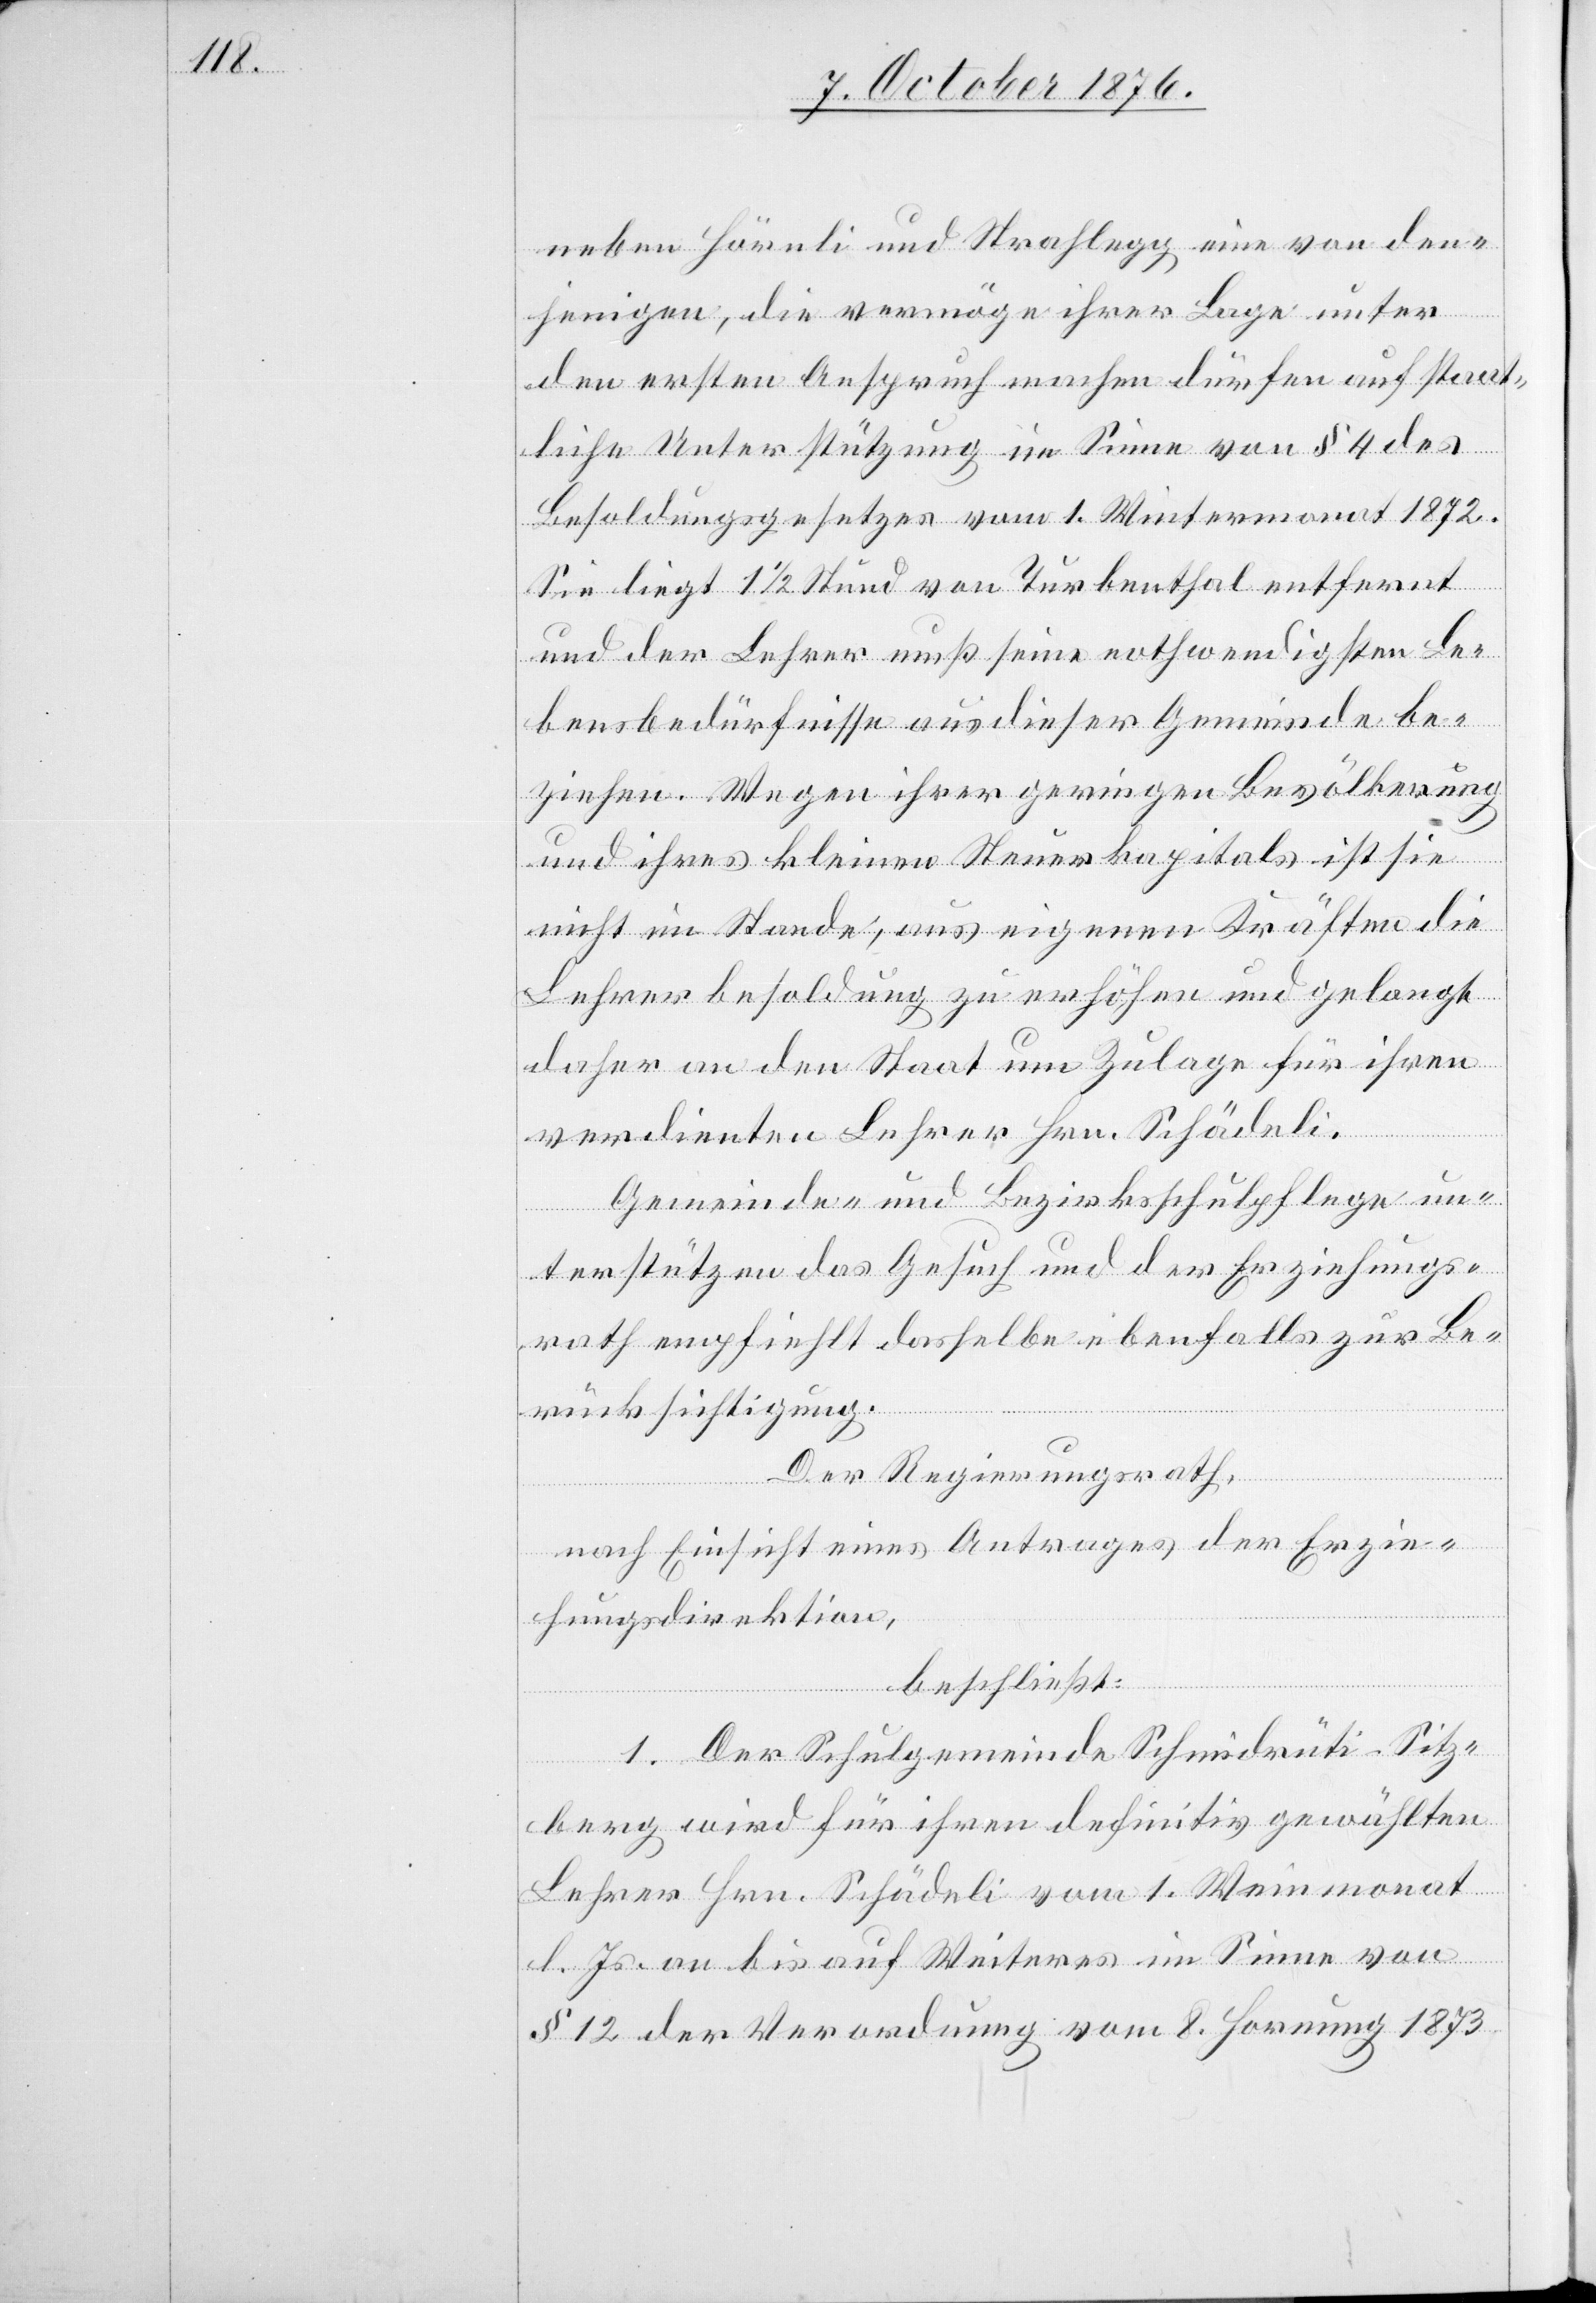
neben Hörnli und Strahlegg eine von den¬
jenigen, die vermöge ihrer Lage unter
den ersten Anspruch machen dürfen auf staat¬
liche Unterstützung im Sinne von § 4 des
Besoldungsgesetzes vom 1. Wintermonat 1872.
Sie liegt 1 1/2 Stund von Turbenthal entfernt
und der Lehrer muß seine nothwendigsten Le¬
bensbedürfnisse aus dieser Gemeinde be¬
ziehen. Wegen ihrer geringen Bevölkerung
und ihres kleinen Steuerkapitals ist sie
nicht im Stande, aus eigenen Kräften die
Lehrerbesoldung zu erhöhen und gelangt
daher an den Staat um Zulage für ihren
verdienten Lehrer Hrn. Schädeli.
Gemeinde- und Bezirksschulpflege un¬
terstützen das Gesuch und der Erziehungs¬
rath empfiehlt dasselbe ebenfalls zur Be¬
rücksichtigung.
Der Regierungsrath,
nach Einsicht eines Antrages der Erzie¬
hungsdirektion,
beschließt:
1. Der Schulgemeinde Schmidrüti - Sitz¬
berg wird für ihren definitiv gewählten
Lehrer Hrn. Schädeli vom 1. Weinmonat
l. Js. an bis auf Weiteres im Sinne von
§ 12 der Verordnung vom 8. Hornung 1873